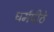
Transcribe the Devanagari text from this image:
धर्मपीठे